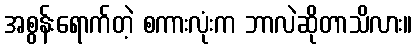
အစွန်းရောက်တဲ့ စကားလုံးက ဘာလဲဆိုတာသိလား။